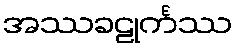
အဿခဠုင်္ကဿ